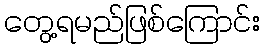
တွေ့ရမည်ဖြစ်ကြောင်း